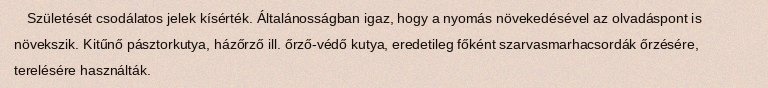
Születését csodálatos jelek kísérték. Általánosságban igaz, hogy a nyomás növekedésével az olvadáspont is növekszik. Kitűnő pásztorkutya, házőrző ill. őrző-védő kutya, eredetileg főként szarvasmarhacsordák őrzésére, terelésére használták.